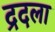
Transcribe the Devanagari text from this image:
द्रदला